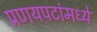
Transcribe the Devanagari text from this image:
प्रणयपटांमध्ये